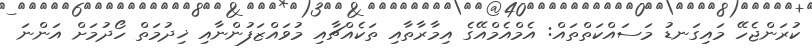
ކުރަންޖެހޭ މައިގަނޑު މަސައްކަތްތައް: އެމްއެމްއޭގެ އިމާރާތާއި ތަކެއްޗާއި މުވައްޒަފުންނާއި ޚިދުމަތް ހޯދުމަށް އަންނަ